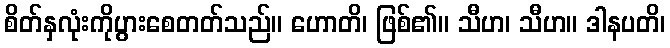
စိတ်နှလုံးကိုပွားစေတတ်သည်။ ဟောတိ၊ ဖြစ်၏။ သီဟ၊ သီဟ။ ဒါနပတိ၊